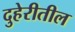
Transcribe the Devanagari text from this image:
दुहेरीतील